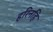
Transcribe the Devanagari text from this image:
हरिनहि